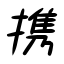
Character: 携